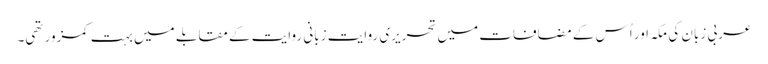
عربی زبان کی مکہ اور اُس کے مضافات میں تحریری روایت زبانی روایت کے مقابلے میں بہت کمزور تھی۔